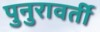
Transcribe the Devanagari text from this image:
पुनुरावर्ती